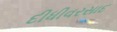
દીધીવરસાદ